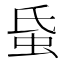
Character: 𧉜